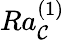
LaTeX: Ra_{\mathcal{C}}^{(1)}